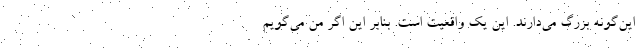
این‌گونه بزرگ می‌دارند. این یک واقعیت است. بنابر این اگر من می‌گویم